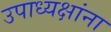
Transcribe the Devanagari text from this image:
उपाध्यक्षांना